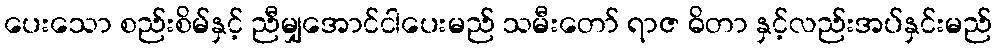
ပေးသော စည်းစိမ်နှင့် ညီမျှအောင်ငါပေးမည် သမီးတော် ရာဇ ဓိတာ နှင့်လည်းအပ်နှင်းမည်